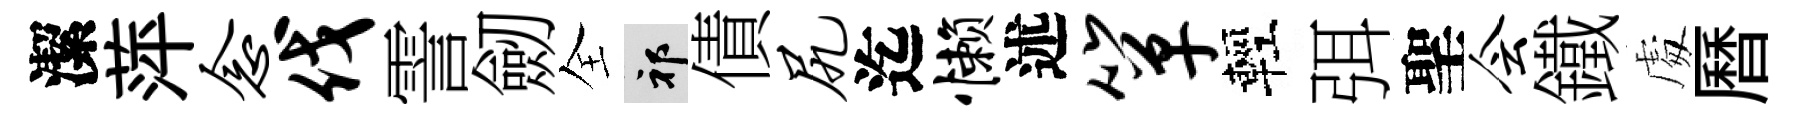
潔萍念伐霅劒全祁債尻迄懒述箪輕弭聖会鐵䖏曆